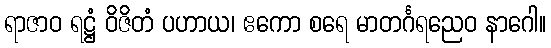
ရာဇာဝ ရဋ္ဌံ ဝိဇိတံ ပဟာယ၊ ဧကော စရေ မာတင်္ဂရညေဝ နာဂေါ။